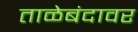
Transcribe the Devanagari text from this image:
ताळेबंदावर